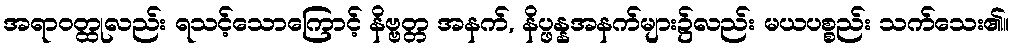
အရာဝတ္ထုလည်း ရသင့်သောကြောင့် နိဗ္ဗတ္တ အနက်, နိပ္ဖန္နအနက်များ၌လည်း မယပစ္စည်း သက်သေး၏။